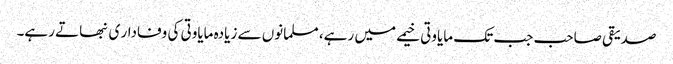
صدیقی صاحب جب تک مایاوتی خیمے میں رہے، مسلمانوں سے زیادہ مایاوتی کی وفادار ی نبھاتے رہے۔